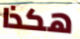
هكذا